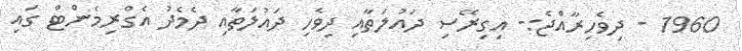
1960 - ދިވެހިރާއްޖެ:- އިގިރޭސި ދައުލަތާއި ދިވެހި ދައުލަތާއި ދެމެދު އެގްރިމެންޓް ގައި